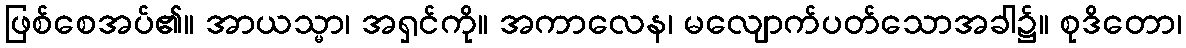
ဖြစ်စေအပ်၏။ အာယသ္မာ၊ အရှင်ကို။ အကာလေန၊ မလျောက်ပတ်သောအခါ၌။ စုဒိတော၊